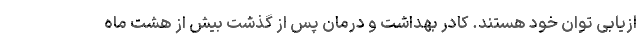
ازیابی توان خود هستند. کادر بهداشت و درمان پس از گذشت بیش از هشت ماه